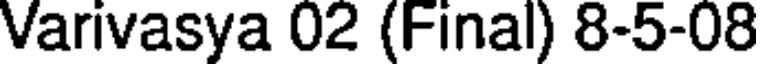
Varivasya 02 (Final) 8-5-08